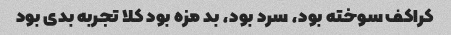
کراکف سوخته بود، سرد بود، بد مزه بود کلا تجربه بدی بود